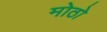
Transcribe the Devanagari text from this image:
मोठो